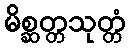
မိစ္ဆတ္တသုတ္တံ